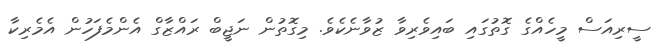
ސީރިއަސް މީހެއްގެ ގޮތުގައި ބައިވެރިވާ ޒުވާނެކެވެ. މިގޮތުން ނަޖީބް ރައްޒާގް އެންމެފަހުން އެމެރިކާ